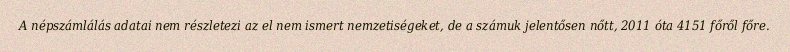
A népszámlálás adatai nem részletezi az el nem ismert nemzetiségeket, de a számuk jelentősen nőtt, 2011 óta 4151 főről főre.